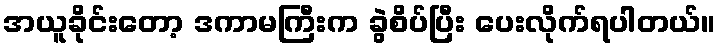
အယူခိုင်းတော့ ဒကာမကြီးက ခွဲစိပ်ပြီး ပေးလိုက်ရပါတယ်။